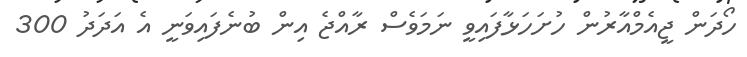
ހޯދަން ޖީއެމްއާރުން ހުށަހަޅާފައިވީ ނަމަވެސް ރާއްޖެ އިން ބުނެފައިވަނީ އެ އަދަދު 300